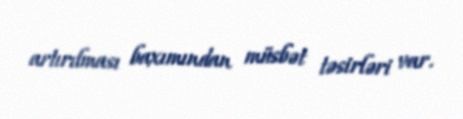
artırılması baxımından müsbət təsirləri var.